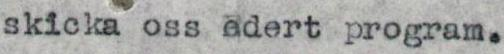
skicka oss edert program.